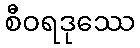
စီဝရဒုဿေ